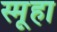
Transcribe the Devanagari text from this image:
स्मूहा